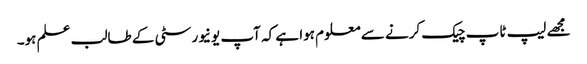
مجھے لیپ ٹاپ چیک کرنے سے معلوم ہوا ہے کہ آپ یونیورسٹی کے طالب علم ہو۔